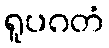
ရူပဂတံ